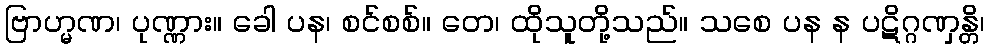
ဗြာဟ္မဏ၊ ပုဏ္ဏား။ ခေါ ပန၊ စင်စစ်။ တေ၊ ထိုသူတို့သည်။ သစေ ပန န ပဋိဂ္ဂဏှန္တိ၊